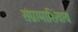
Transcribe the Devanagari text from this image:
संग्रामाशिवाय